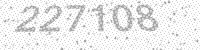
Solution: 227108